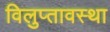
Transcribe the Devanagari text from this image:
विलुप्‍तावस्‍था